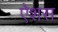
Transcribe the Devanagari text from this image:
ऐशस